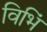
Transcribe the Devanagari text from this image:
विभिं